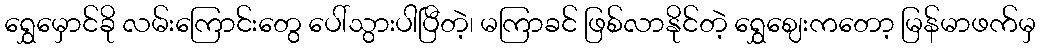
ရွှေမှောင်ခို လမ်းကြောင်းတွေ ပေါ်သွားပါပြီတဲ့၊ မကြာခင် ဖြစ်လာနိုင်တဲ့ ရွှေဈေးကတော့ မြန်မာဖက်မှ